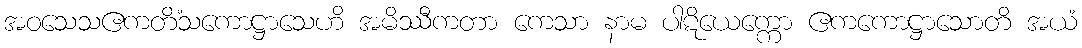
အဝသေသဧကတိံသကောဋ္ဌာသေဟိ အမိဿီကတာ ကေသာ နာမ ပါဋိယေက္ကော ဧကကောဋ္ဌာသောတိ အယံ